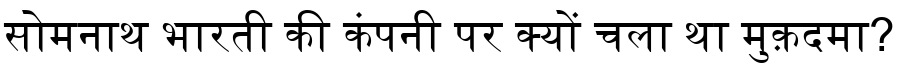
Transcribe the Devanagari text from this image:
सोमनाथ भारती की कंपनी पर क्यों चला था मुक़दमा?